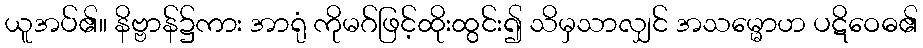
ယူအပ်၏။ နိဗ္ဗာန်၌ကား အာရုံ ကိုမဂ်ဖြင့်ထိုးထွင်း၍ သိမှသာလျှင် အသမ္မောဟ ပဋိဝေဓ၏